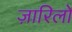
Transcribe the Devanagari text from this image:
ज़ारिलो